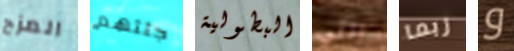
المزح جثثهم البطولية التي ربما و